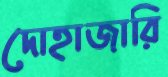
দোহাজারি